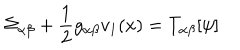
\Sigma _ { \alpha \beta } + \frac { 1 } { 2 } g _ { \alpha \beta } v _ { 1 } ( x ) = T _ { \alpha \beta } [ \psi ]